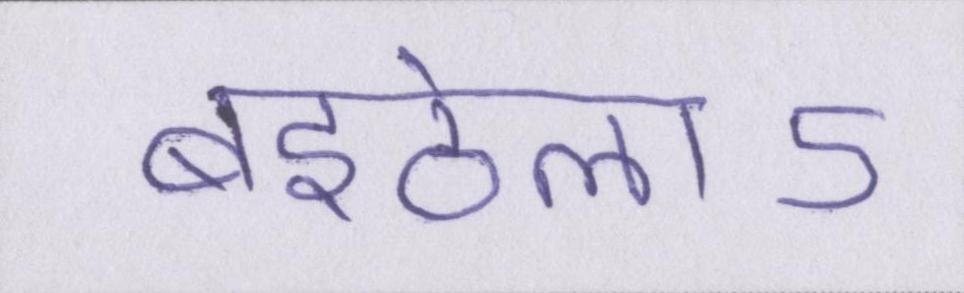
बइठेलाऽ